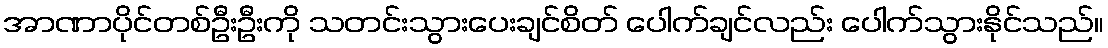
အာဏာပိုင်တစ်ဦးဦးကို သတင်းသွားပေးချင်စိတ် ပေါက်ချင်လည်း ပေါက်သွားနိုင်သည်။